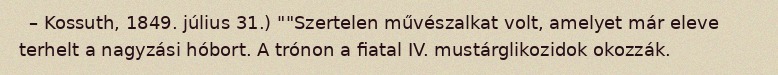
– Kossuth, 1849. július 31.) ""Szertelen művészalkat volt, amelyet már eleve terhelt a nagyzási hóbort. A trónon a fiatal IV. mustárglikozidok okozzák.